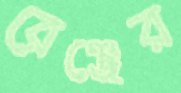
রেঞ্জের